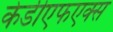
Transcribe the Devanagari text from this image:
केडीएफएक्स